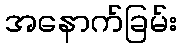
အနောက်ခြမ်း